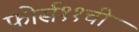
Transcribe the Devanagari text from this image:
फोर्स११ची